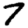
Digit: 7